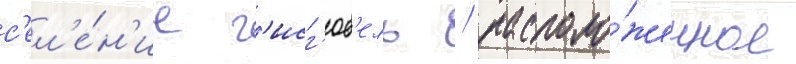
с'ел'е́н'ие г'исг'юб'ель / располо́женное